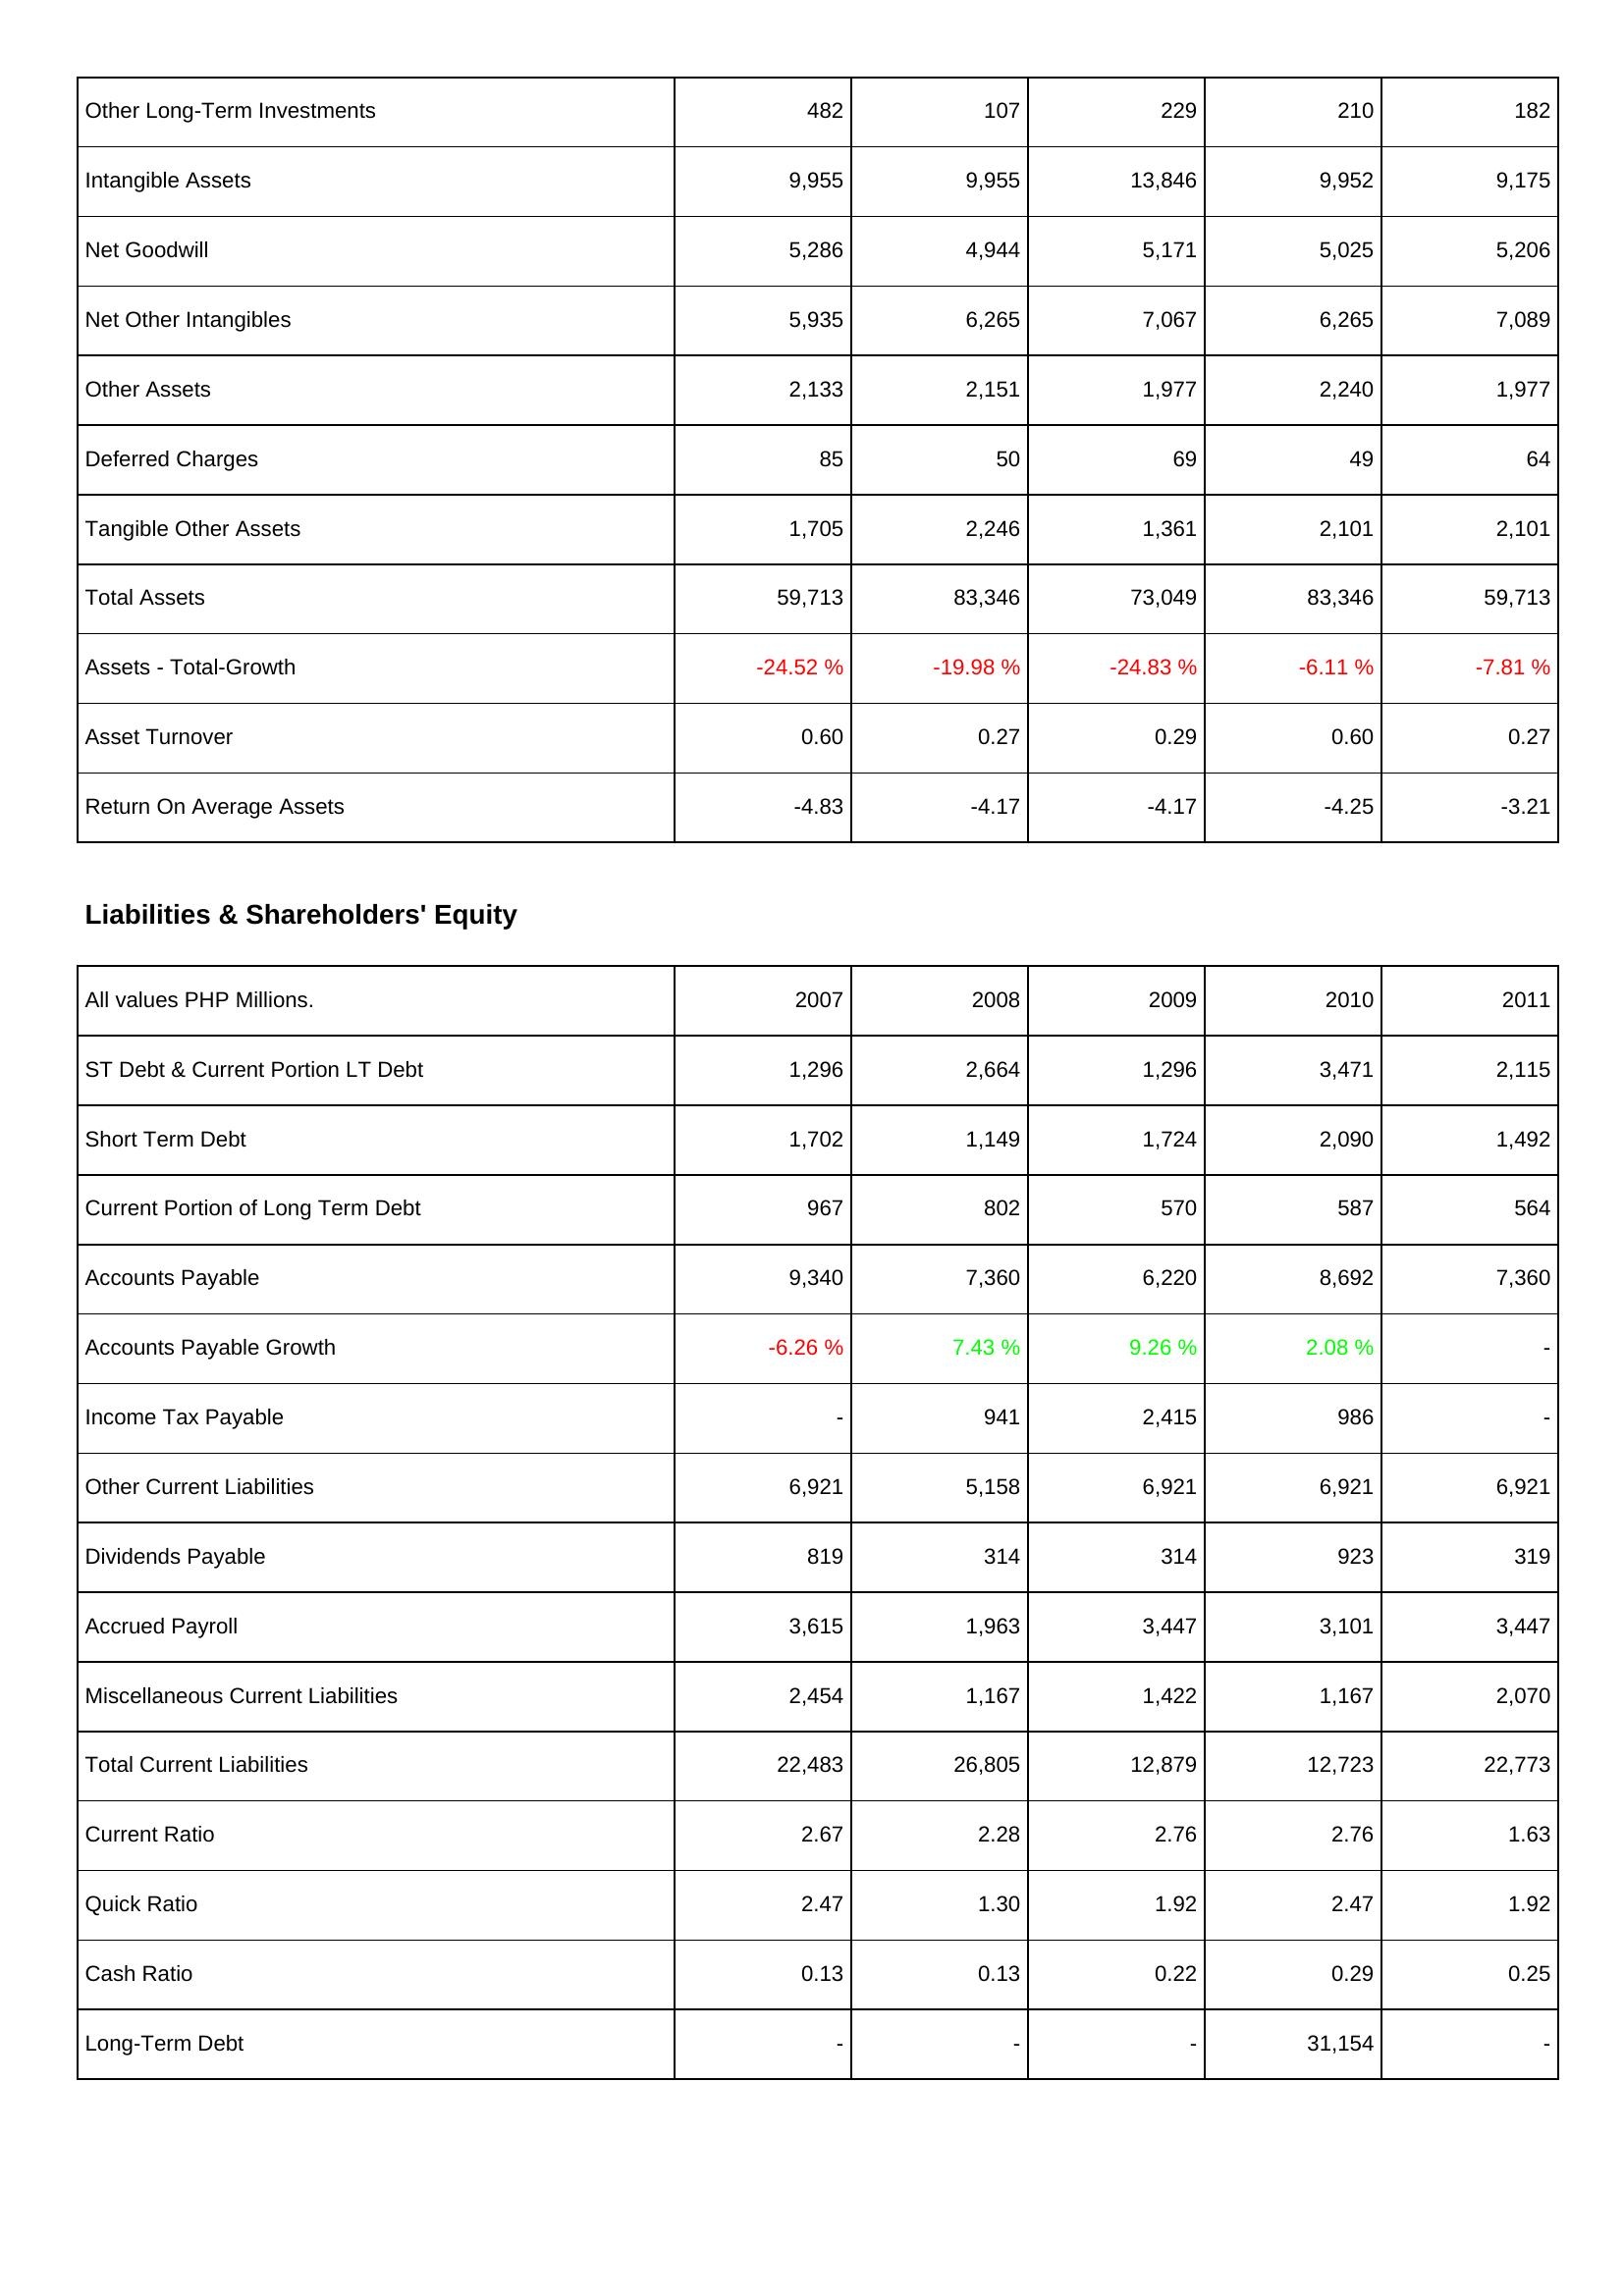
2007: Assets: Other Long-Term Investments: 482
Intangible Assets: 9,955
Net Goodwill: 5,286
Net Other Intangibles: 5,935
Other Assets: 2,133
Deferred Charges: 85
Tangible Other Assets: 1,705
Total Assets: 59,713
Assets - Total-Growth: -24.52 %
Asset Turnover: 0.60
Return On Average Assets: -4.83
Liabilities & Shareholders' Equity: ST Debt & Current Portion LT Debt: 1,296
Short Term Debt: 1,702
Current Portion of Long Term Debt: 967
Accounts Payable: 9,340
Accounts Payable Growth: -6.26 %
Income Tax Payable: -
Other Current Liabilities: 6,921
Dividends Payable: 819
Accrued Payroll: 3,615
Miscellaneous Current Liabilities: 2,454
Total Current Liabilities: 22,483
Current Ratio: 2.67
Quick Ratio: 2.47
Cash Ratio: 0.13
Long-Term Debt: -
2008: Assets: Other Long-Term Investments: 107
Intangible Assets: 9,955
Net Goodwill: 4,944
Net Other Intangibles: 6,265
Other Assets: 2,151
Deferred Charges: 50
Tangible Other Assets: 2,246
Total Assets: 83,346
Assets - Total-Growth: -19.98 %
Asset Turnover: 0.27
Return On Average Assets: -4.17
Liabilities & Shareholders' Equity: ST Debt & Current Portion LT Debt: 2,664
Short Term Debt: 1,149
Current Portion of Long Term Debt: 802
Accounts Payable: 7,360
Accounts Payable Growth: 7.43 %
Income Tax Payable: 941
Other Current Liabilities: 5,158
Dividends Payable: 314
Accrued Payroll: 1,963
Miscellaneous Current Liabilities: 1,167
Total Current Liabilities: 26,805
Current Ratio: 2.28
Quick Ratio: 1.30
Cash Ratio: 0.13
Long-Term Debt: -
2009: Assets: Other Long-Term Investments: 229
Intangible Assets: 13,846
Net Goodwill: 5,171
Net Other Intangibles: 7,067
Other Assets: 1,977
Deferred Charges: 69
Tangible Other Assets: 1,361
Total Assets: 73,049
Assets - Total-Growth: -24.83 %
Asset Turnover: 0.29
Return On Average Assets: -4.17
Liabilities & Shareholders' Equity: ST Debt & Current Portion LT Debt: 1,296
Short Term Debt: 1,724
Current Portion of Long Term Debt: 570
Accounts Payable: 6,220
Accounts Payable Growth: 9.26 %
Income Tax Payable: 2,415
Other Current Liabilities: 6,921
Dividends Payable: 314
Accrued Payroll: 3,447
Miscellaneous Current Liabilities: 1,422
Total Current Liabilities: 12,879
Current Ratio: 2.76
Quick Ratio: 1.92
Cash Ratio: 0.22
Long-Term Debt: -
2010: Assets: Other Long-Term Investments: 210
Intangible Assets: 9,952
Net Goodwill: 5,025
Net Other Intangibles: 6,265
Other Assets: 2,240
Deferred Charges: 49
Tangible Other Assets: 2,101
Total Assets: 83,346
Assets - Total-Growth: -6.11 %
Asset Turnover: 0.60
Return On Average Assets: -4.25
Liabilities & Shareholders' Equity: ST Debt & Current Portion LT Debt: 3,471
Short Term Debt: 2,090
Current Portion of Long Term Debt: 587
Accounts Payable: 8,692
Accounts Payable Growth: 2.08 %
Income Tax Payable: 986
Other Current Liabilities: 6,921
Dividends Payable: 923
Accrued Payroll: 3,101
Miscellaneous Current Liabilities: 1,167
Total Current Liabilities: 12,723
Current Ratio: 2.76
Quick Ratio: 2.47
Cash Ratio: 0.29
Long-Term Debt: 31,154
2011: Assets: Other Long-Term Investments: 182
Intangible Assets: 9,175
Net Goodwill: 5,206
Net Other Intangibles: 7,089
Other Assets: 1,977
Deferred Charges: 64
Tangible Other Assets: 2,101
Total Assets: 59,713
Assets - Total-Growth: -7.81 %
Asset Turnover: 0.27
Return On Average Assets: -3.21
Liabilities & Shareholders' Equity: ST Debt & Current Portion LT Debt: 2,115
Short Term Debt: 1,492
Current Portion of Long Term Debt: 564
Accounts Payable: 7,360
Accounts Payable Growth: -
Income Tax Payable: -
Other Current Liabilities: 6,921
Dividends Payable: 319
Accrued Payroll: 3,447
Miscellaneous Current Liabilities: 2,070
Total Current Liabilities: 22,773
Current Ratio: 1.63
Quick Ratio: 1.92
Cash Ratio: 0.25
Long-Term Debt: -